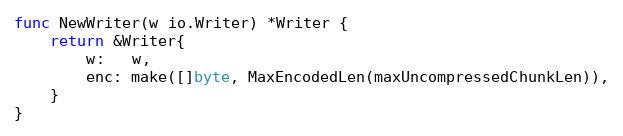
Language: Go
func NewWriter(w io.Writer) *Writer {
	return &Writer{
		w:   w,
		enc: make([]byte, MaxEncodedLen(maxUncompressedChunkLen)),
	}
}